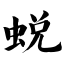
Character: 蜕